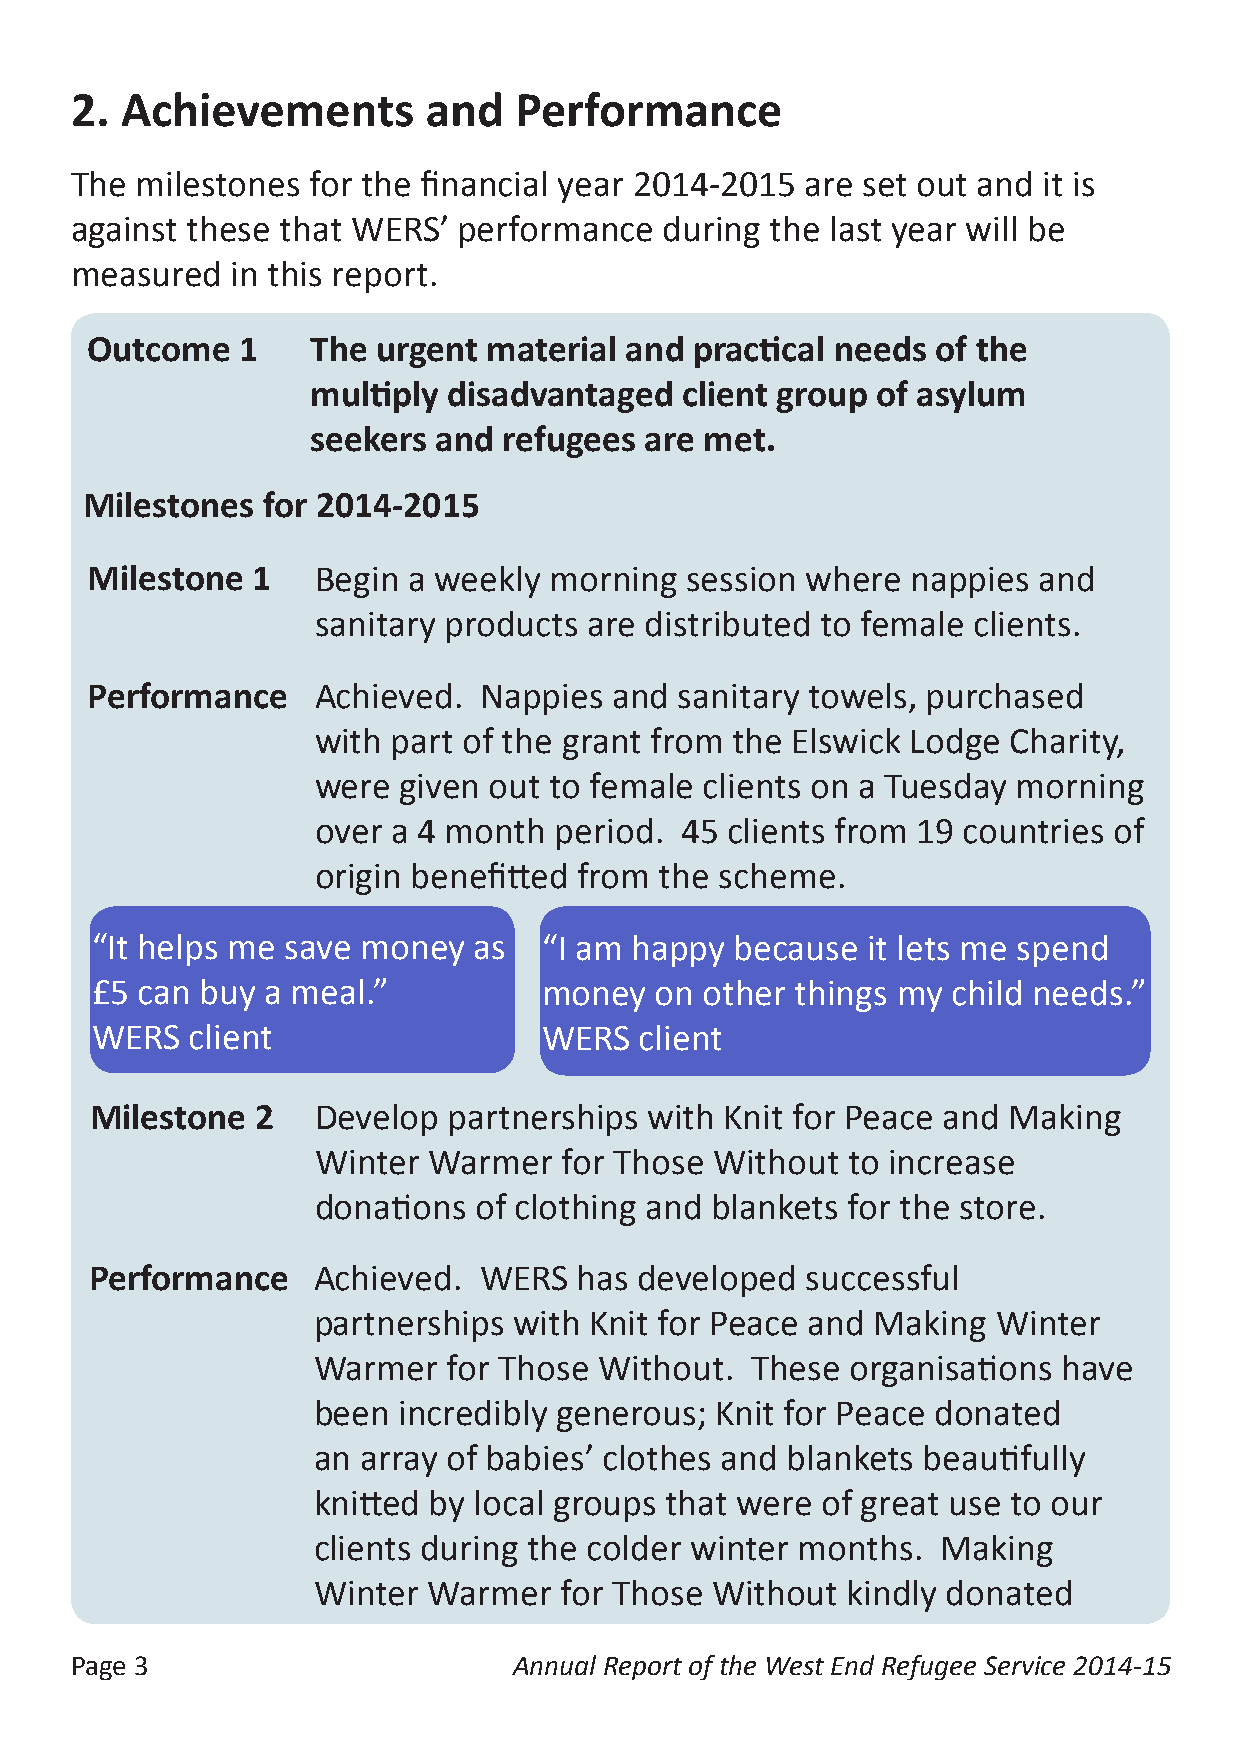
2. Achievements        and   Performance
 The milestones for the financial year 2014-2015 are set out and it is
 against these that WERS’ performance   during the last year will be
 measured  in this report.
 Outcome   1    The urgent material and  practical needs of the
 multiply disadvantaged  client group of asylum
 seekers and refugees  are met.
 Milestones  for 2014-2015
 Milestone  1   Begin a weekly morning  session where  nappies  and
 sanitary products are distributed to female clients.
 Performance    Achieved.  Nappies  and sanitary towels, purchased
 with part of the grant from the Elswick Lodge Charity,
 were given out to female  clients on a Tuesday morning
 over a 4 month  period. 45 clients from 19 countries of
 origin benefitted from the scheme.
 “It helps me save money  as   “I am happy  because it lets me spend
 £5 can buy  a meal.”          money  on  other things my child needs.”
 WERS  client                  WERS  client
 Milestone  2   Develop  partnerships with Knit for Peace and Making
 Winter Warmer   for Those Without  to increase
 donations of clothing and blankets for the store.
 Performance    Achieved.  WERS  has developed  successful
 partnerships with Knit for Peace and Making  Winter
 Warmer   for Those Without.  These organisations have
 been incredibly generous; Knit for Peace donated
 an array of babies’ clothes and blankets beautifully
 knitted by local groups that were of great use to our
 clients during the colder winter months. Making
 Winter Warmer   for Those Without  kindly donated
 Page 3                       Annual Report of the West End Refugee Service 2014-15